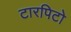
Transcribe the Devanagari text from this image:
टारपिटो